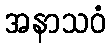
အနာသဝံ